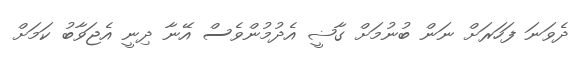
ދެވަނަ ފަހަރަށް ނަން ބުނުމަށް ގާޟީ އެދުމުންވެސް އޭނާ ދިނީ އެޖަވާބު ކަމަށް